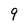
Character: 9